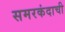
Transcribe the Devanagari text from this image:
समरकंदाची